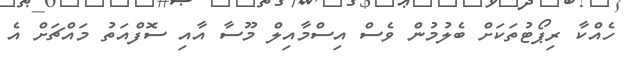
ހެއްކާ ރިޕޯޓުތަކަށް ބެލުމުން ވެސް އިސްމާއިލް މޫސާ އާއި ސޮފްއަތު މައްޗަށް އެ